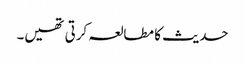
حدیث کا مطالعہ کرتی تھیں۔